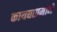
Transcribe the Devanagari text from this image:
कायद्याप्रमाने